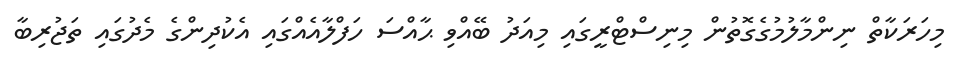
މިހަރަކާތް ނިންމާލުމުގެގޮތުން މިނިސްޓްރީގައި މިއަދު ބޭއްވި ޙާއްސަ ހަފްލާއެއްގައި އެކުދިންގެ މެދުގައި ތަޖުރިބާ